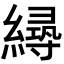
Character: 𦅛